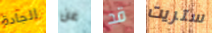
الجادة عن قد ستريت